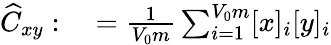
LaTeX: \begin{array}{rl}{\widehat{C}_{xy}:}&{{}=\frac{1}{V_{0}m}\sum_{i=1}^{V_{0}m}[x]_{i}[y]_{i}}\end{array}